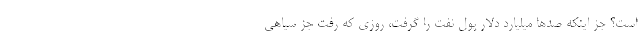
است؟ جز اینکه صدها میلیارد دلار پول نفت را گرفت، روزی که رفت جز سیاهی